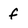
Character: f